Preliminary report on the development of the Leishman-Donovan body in the bed bug - Number 27
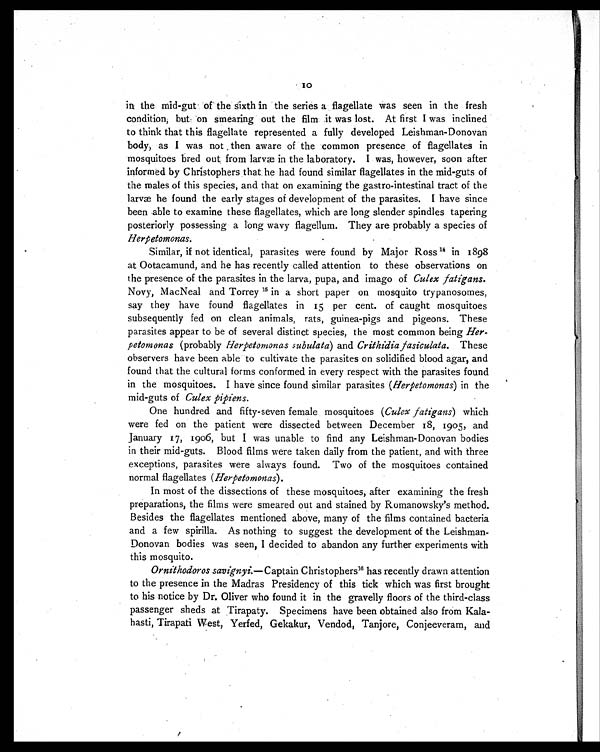
10
in the mid-gut of the sixth in the series a flagellate was seen in the fresh
condition, but on smearing out the film it was lost. At first I was inclined
to think that this flagellate represented a fully developed Leishman-Donovan
body, as I was not then aware of the common presence of flagellates in
mosquitoes bred out from larvæ in the laboratory. I was, however, soon after
informed by Christophers that he had found similar flagellates in the mid-guts of
the males of this species, and that on examining the gastro-intestinal tract of the
larvæ he found the early stages of development of the parasites. I have since
been able to examine these flagellates, which are long slender spindles tapering
posteriorly possessing a long wavy flagellum. They are probably a species of
Herpetomonas.
Similar, if not identical, parasites were found by Major Ross 14 in 1898
at Ootacamund, and he has recently called attention to these observations on
the presence of the parasites in the larva, pupa, and imago of Culex fatigans.
Novy, MacNeal and Torrey 15 in a short paper on mosquito trypanosomes,
say they have found flagellates in 15 per cent. of caught mosquitoes
subsequently fed on clean animals, rats, guinea-pigs and pigeons. These
parasites appear to be of several distinct species, the most common being Her
-petomonas (probably Herpetomonas subulata) and Crithidia fasiculata. These
observers have been able to cultivate the parasites on solidified blood agar, and
found that the cultural forms conformed in every respect with the parasites found
in the mosquitoes. I have since found similar parasites (Herpetomonas) in the
mid-guts of Culex pipiens.
One hundred and fifty-seven female mosquitoes ( Culex fatigans) which
were fed on the patient were dissected between December 18, 1905, and
January 17, 1906, but I was unable to find any Leishman-Donovan bodies
in their mid-guts. Blood films were taken daily from the patient, and with three
exceptions, parasites were always found. Two of the mosquitoes contained
normal flagellates ( Herpetomonas).
In most of the dissections of these mosquitoes, after examining the fresh
preparations, the films were smeared out and stained by Romanowsky's method.
Besides the flagellates mentioned above, many of the films contained bacteria
and a few spirilla. As nothing to suggest the development of the Leishman-
Donovan bodies was seen, I decided to abandon any further experiments with
this mosquito.
Ornithodoros savignyi. — Captain Christophers1 6
h a s r e c e n t l y d r a w n a t t e n t i o n
to the presence in the Madras Presidency of this tick which was first brought
to his notice by Dr. Oliver who found it in the gravelly floors of the third-class
passenger sheds at Tirapaty. Specimens have been obtained also from Kala-
hasti, Tirapati West, Yerfed, Gekakur, Vendod, Tanjore, Conjeeveram, and